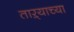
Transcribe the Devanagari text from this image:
ताऱ्‍याच्या